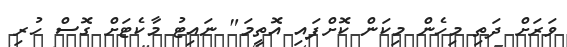
ވަރަށް ދަތި މިހެން މިކަން ކޮށްފައި އޮތީމަ" ނައިޓު މާކެޓަށް ގޮސް ހުރި